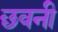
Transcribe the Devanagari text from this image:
छवनी